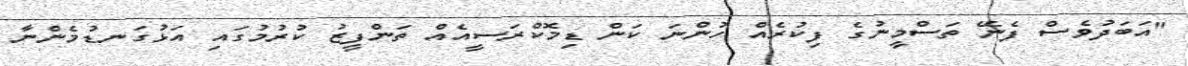
"އަބަދުވެސް ފެނޭ ތަސްމީނުގެ ފިކުރެއް ހުންނަ ކަން ޑިމޮކްރަސީއެއް ތަންފީޒު ކުރުމުގައި އަޅުގަނޑުމެންނާ